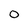
Character: 0